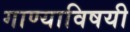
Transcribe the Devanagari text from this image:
गाण्याविषयी